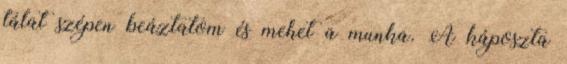
tálat szépen beáztatom és mehet a munka. A káposzta